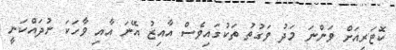
ކޮޓަރިއަށް ވަންނަ މަދު ވަގުތު ތަކުގައިވެސް އާއިޒު އޭނަ އާއި ވާހަކަ ނުދައްކަނީ